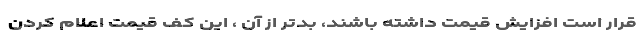
قرار است افزایش قیمت داشته باشند، بدتر از آن ، این کف قیمت اعلام کردن